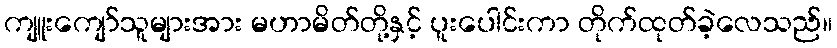
ကျူးကျော်သူများအား မဟာမိတ်တို့နှင့် ပူးပေါင်းကာ တိုက်ထုတ်ခဲ့လေသည်။